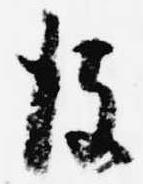
彼